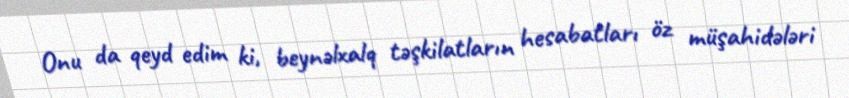
Onu da qeyd edim ki, beynəlxalq təşkilatların hesabatları öz müşahidələri